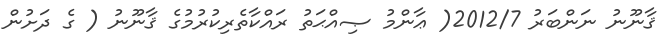
ޤާނޫނު ނަންބަރު 2012/7( ޢާންމު ޞިއްޙަތު ރައްކާތެރިކުރުމުގެ ޤާނޫނު ( ގެ ދަށުން